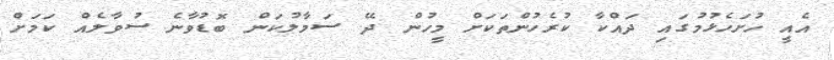
އެއީ ހުށަހެޅުމުގައި ދައްކާ ކުރެހުންތަކަށް މީހުން ދޭ ސަމާލުކަން ބޮޑުވާނެ ސުވާލެއް ކަމަށް